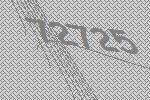
72725